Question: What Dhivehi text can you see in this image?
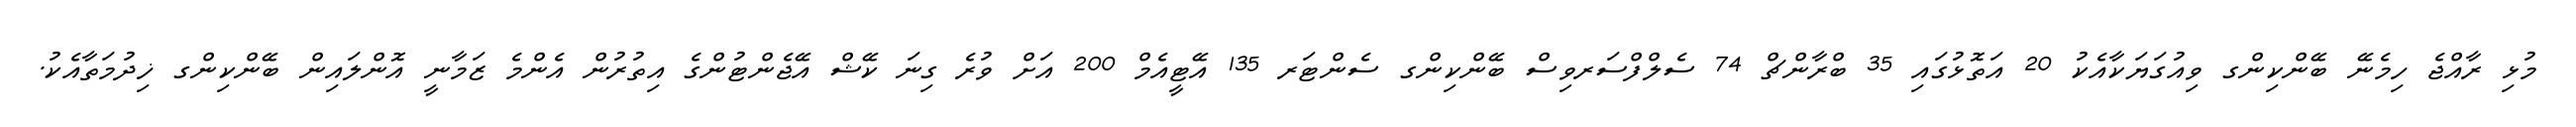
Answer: މުޅި ރާއްޖެ ހިމެނޭ ބޭންކިންގ ވިއުގަޔަކާއެކު 20 އަތޮޅުގައި 35 ބްރާންޗް 74 ސެލްފްސަރވިސް ބޭންކިންގ ސެންޓަރ 135 އޭޓީއެމް 200 އަށް ވުރެ ގިނަ ކޭޝް އޭޖެންޓުންގެ އިތުރުން އެންމެ ޒަމާނީ އޮންލައިން ބޭންކިންގ ޚިދުމަތާއެކު.